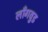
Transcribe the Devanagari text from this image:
लाँगवुड